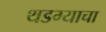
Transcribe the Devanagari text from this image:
थडग्याचा